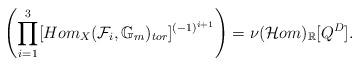
LaTeX: \begin{align*}\left(\prod_{i=1}^3[Hom_{X}(\mathcal{F}_i,\mathbb{G}_m)_{tor}]^{(-1)^{i+1}}\right)=\nu(\mathcal{H}om)_{\mathbb{R}}[Q^D].\end{align*}